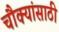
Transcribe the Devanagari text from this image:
चौक्यांसाठी